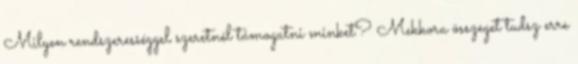
Milyen rendszerességgel szeretnél támogatni minket? Mekkora összeget tudsz erre